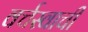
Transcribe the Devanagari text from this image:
वर्चस्वाची